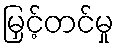
မြှင့်တင်မှု